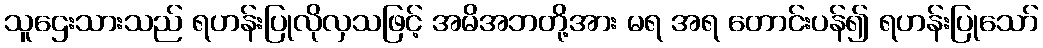
သူဌေးသားသည် ရဟန်းပြုလိုလှသဖြင့် အမိအဘတို့အား မရ အရ တောင်းပန်၍ ရဟန်းပြုသော်